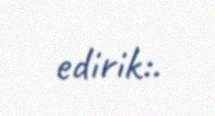
edirik:.